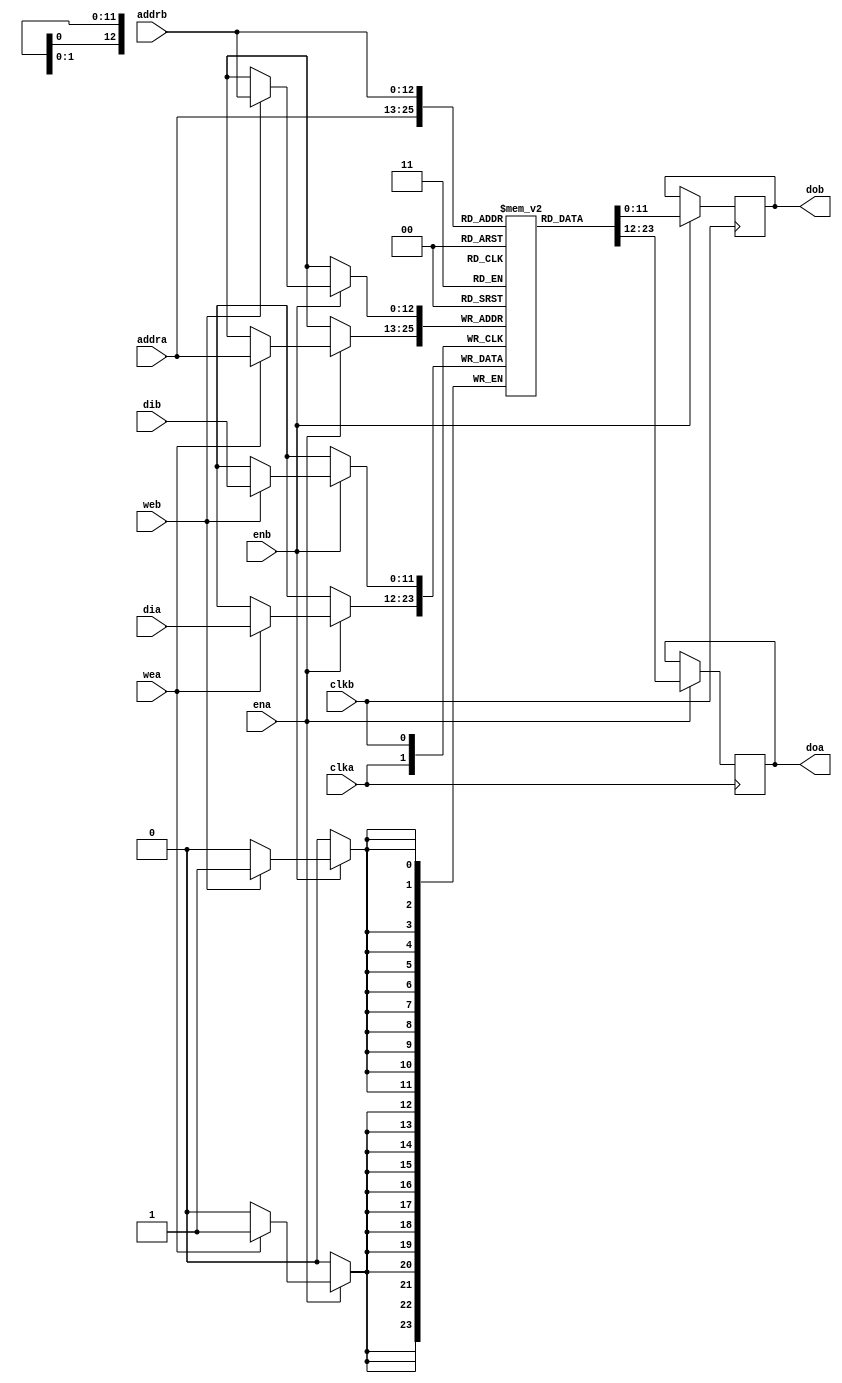
// Code from:
// Vivado Design Suite
// User Guide
// Synthesis
// UG901 (v2018.3) December 19, 2018
//
// Dual-Port Block RAM with Two Write Ports

module blockram #( parameter
    DEPTH =  4_800,//307_200,//76_800,
    ADDR_WIDTH = 13, 
    DATA_WIDTH = 12 ) (clka,clkb,ena,enb,wea,web,addra,addrb,dia,dib,doa,dob);

input clka,clkb,ena,enb,wea,web;
input [ADDR_WIDTH-1:0] addra,addrb;
input [DATA_WIDTH-1:0] dia,dib;
output [DATA_WIDTH-1:0] doa,dob;
//reg [ADDR_WIDTH-1:0] ram [ DEPTH - 1 :0];
reg [DATA_WIDTH-1:0] ram [ DEPTH - 1 :0];
reg [DATA_WIDTH-1:0] doa,dob;

always @(posedge clka)
begin
    if (ena)
    begin
        if (wea)
            ram[addra] <= dia;
            doa <= ram[addra];
        end
    end
always @(posedge clkb)
begin
    if (enb)
    begin
        if (web)
            ram[addrb] <= dib;
            dob <= ram[addrb];
    end
end
endmodule